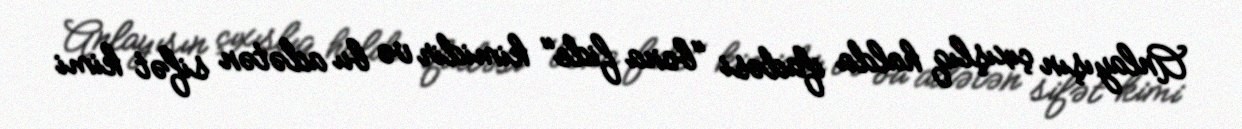
Anlayışın çıxışlıq halda ifadəsi "bona fide" kimidir və bu adətən sifət kimi